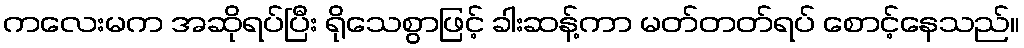
ကလေးမက အဆိုရပ်ပြီး ရိုသေစွာဖြင့် ခါးဆန့်ကာ မတ်တတ်ရပ် စောင့်နေသည်။